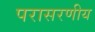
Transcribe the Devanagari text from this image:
परासरणीय